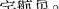
宇航员。